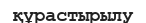
құрастырылу